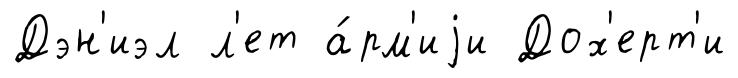
Дэн'иэл л'ет а́рм'иjи Дох'ерт'и